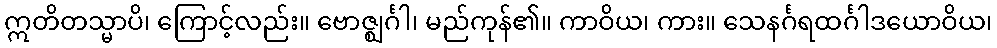
ဣတိတသ္မာပိ၊ ကြောင့်လည်း။ ဗောဇ္ဈင်္ဂါ၊ မည်ကုန်၏။ ကာဝိယ၊ ကား။ သေနင်္ဂရထင်္ဂါဒယောဝိယ၊